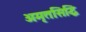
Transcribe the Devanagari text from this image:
अमृतसिद्धि